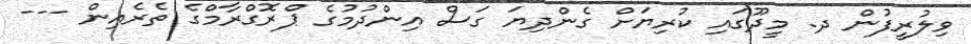
ވިލުރީފުން ދ. މީދޫގައި ކުރިޔަށް ގެންދިޔަ ގަސް އިންދުމުގެ ޕްރޮގްރާމްގެ ތެރެއިން ---